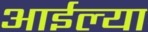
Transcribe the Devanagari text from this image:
आईल्या